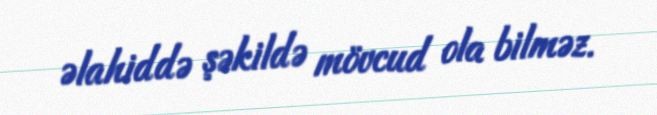
əlahiddə şəkildə mövcud ola bilməz.